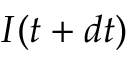
I ( t + d t )